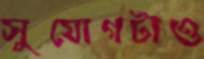
সুযোগটাও